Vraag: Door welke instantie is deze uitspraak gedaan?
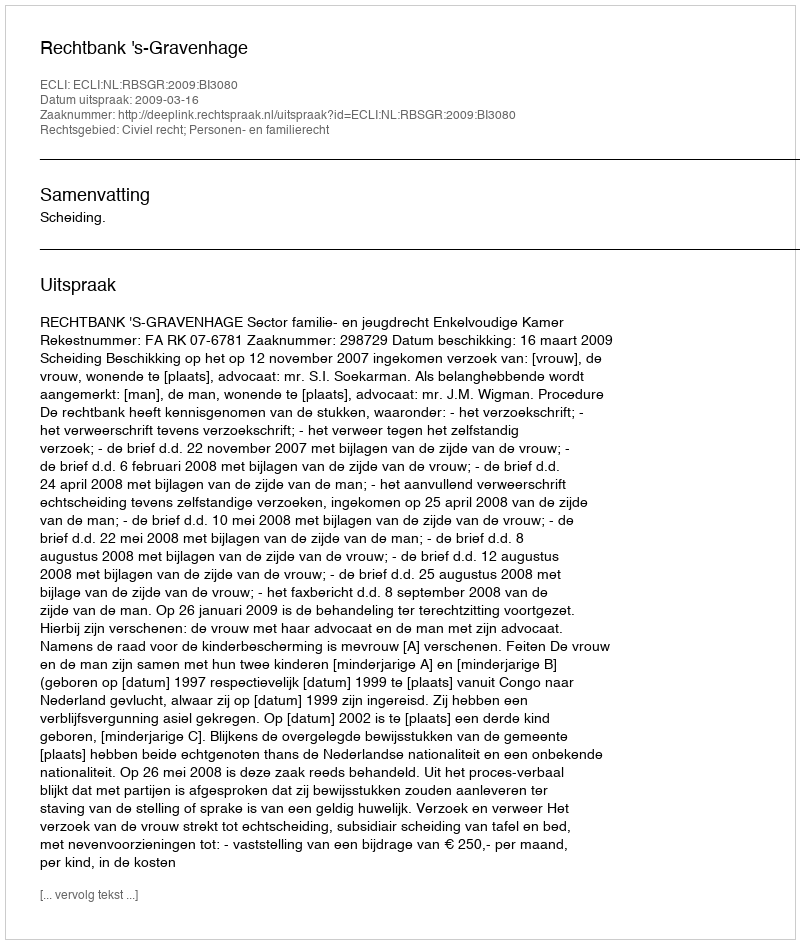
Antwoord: Rechtbank 's-Gravenhage